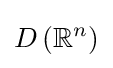
D\left(\mathbb {R} ^{n}\right)